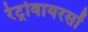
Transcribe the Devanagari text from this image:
रेट्रोवायरसों